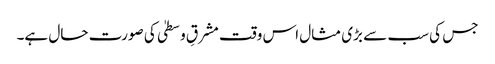
جس کی سب سے بڑی مثال اس وقت مشرقِ وسطیٰ کی صورت حال ہے۔